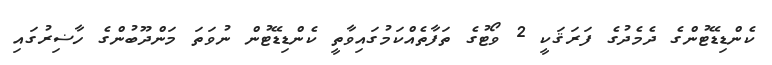
ކެންޑިޑޭޓުންގެ ދެމެދުގެ ފަރަޤަކީ 2 ވޯޓުގެ ތަފާތެއްކަމުގައިވާތީ ކެންޑިޑޭޓުން ނުވަތަ މަންދޫބުންގެ ހާޟިރުގައި